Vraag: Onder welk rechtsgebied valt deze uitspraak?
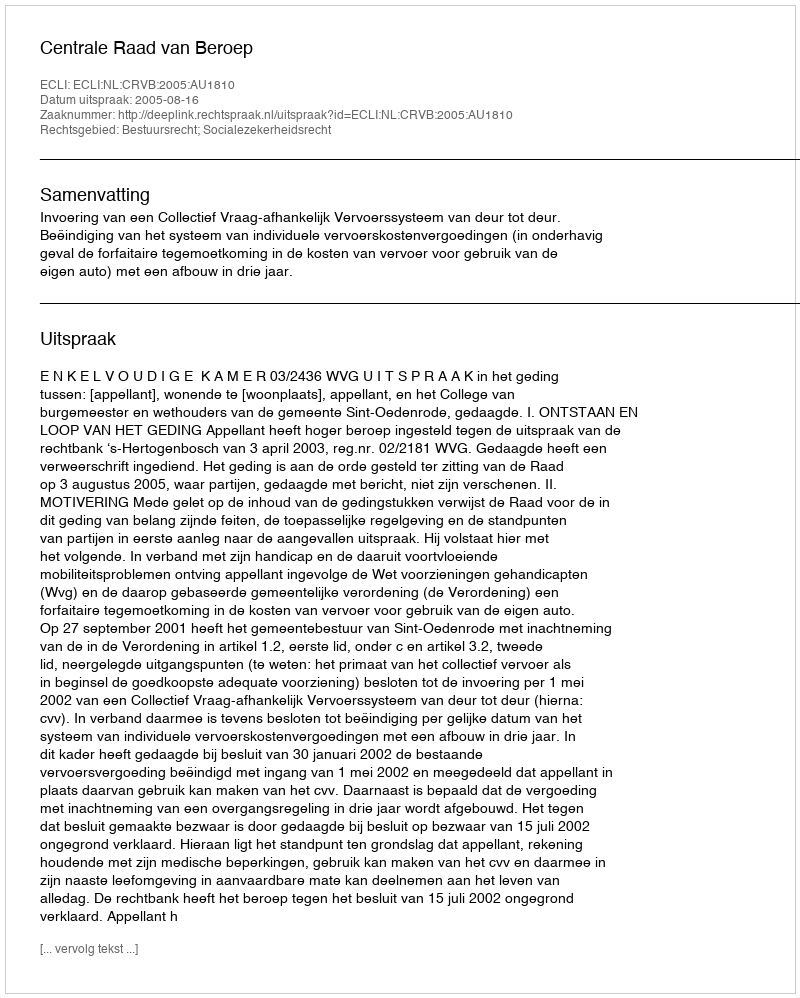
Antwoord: Bestuursrecht; Socialezekerheidsrecht